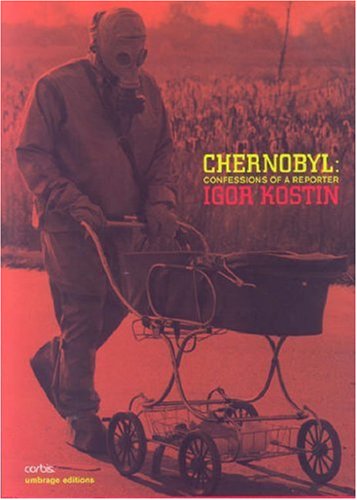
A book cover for Chernobyl: Confessions of a Reporter; Travel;